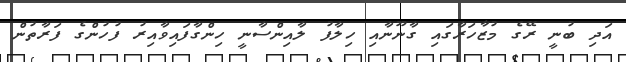
އަދި ބުނީ ރޭގެ މުޒާހަރާގައި ގާނޫނާއި ހިލާފު ލާއިންސާނީ ހިންގާފައިވާއިރު ފުހުންގެ ފަރާތުން